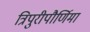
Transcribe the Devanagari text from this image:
त्रिपुरीपौर्णिमा